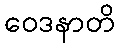
ဝေဒနာတိ